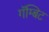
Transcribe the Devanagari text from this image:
गॅम्बिट